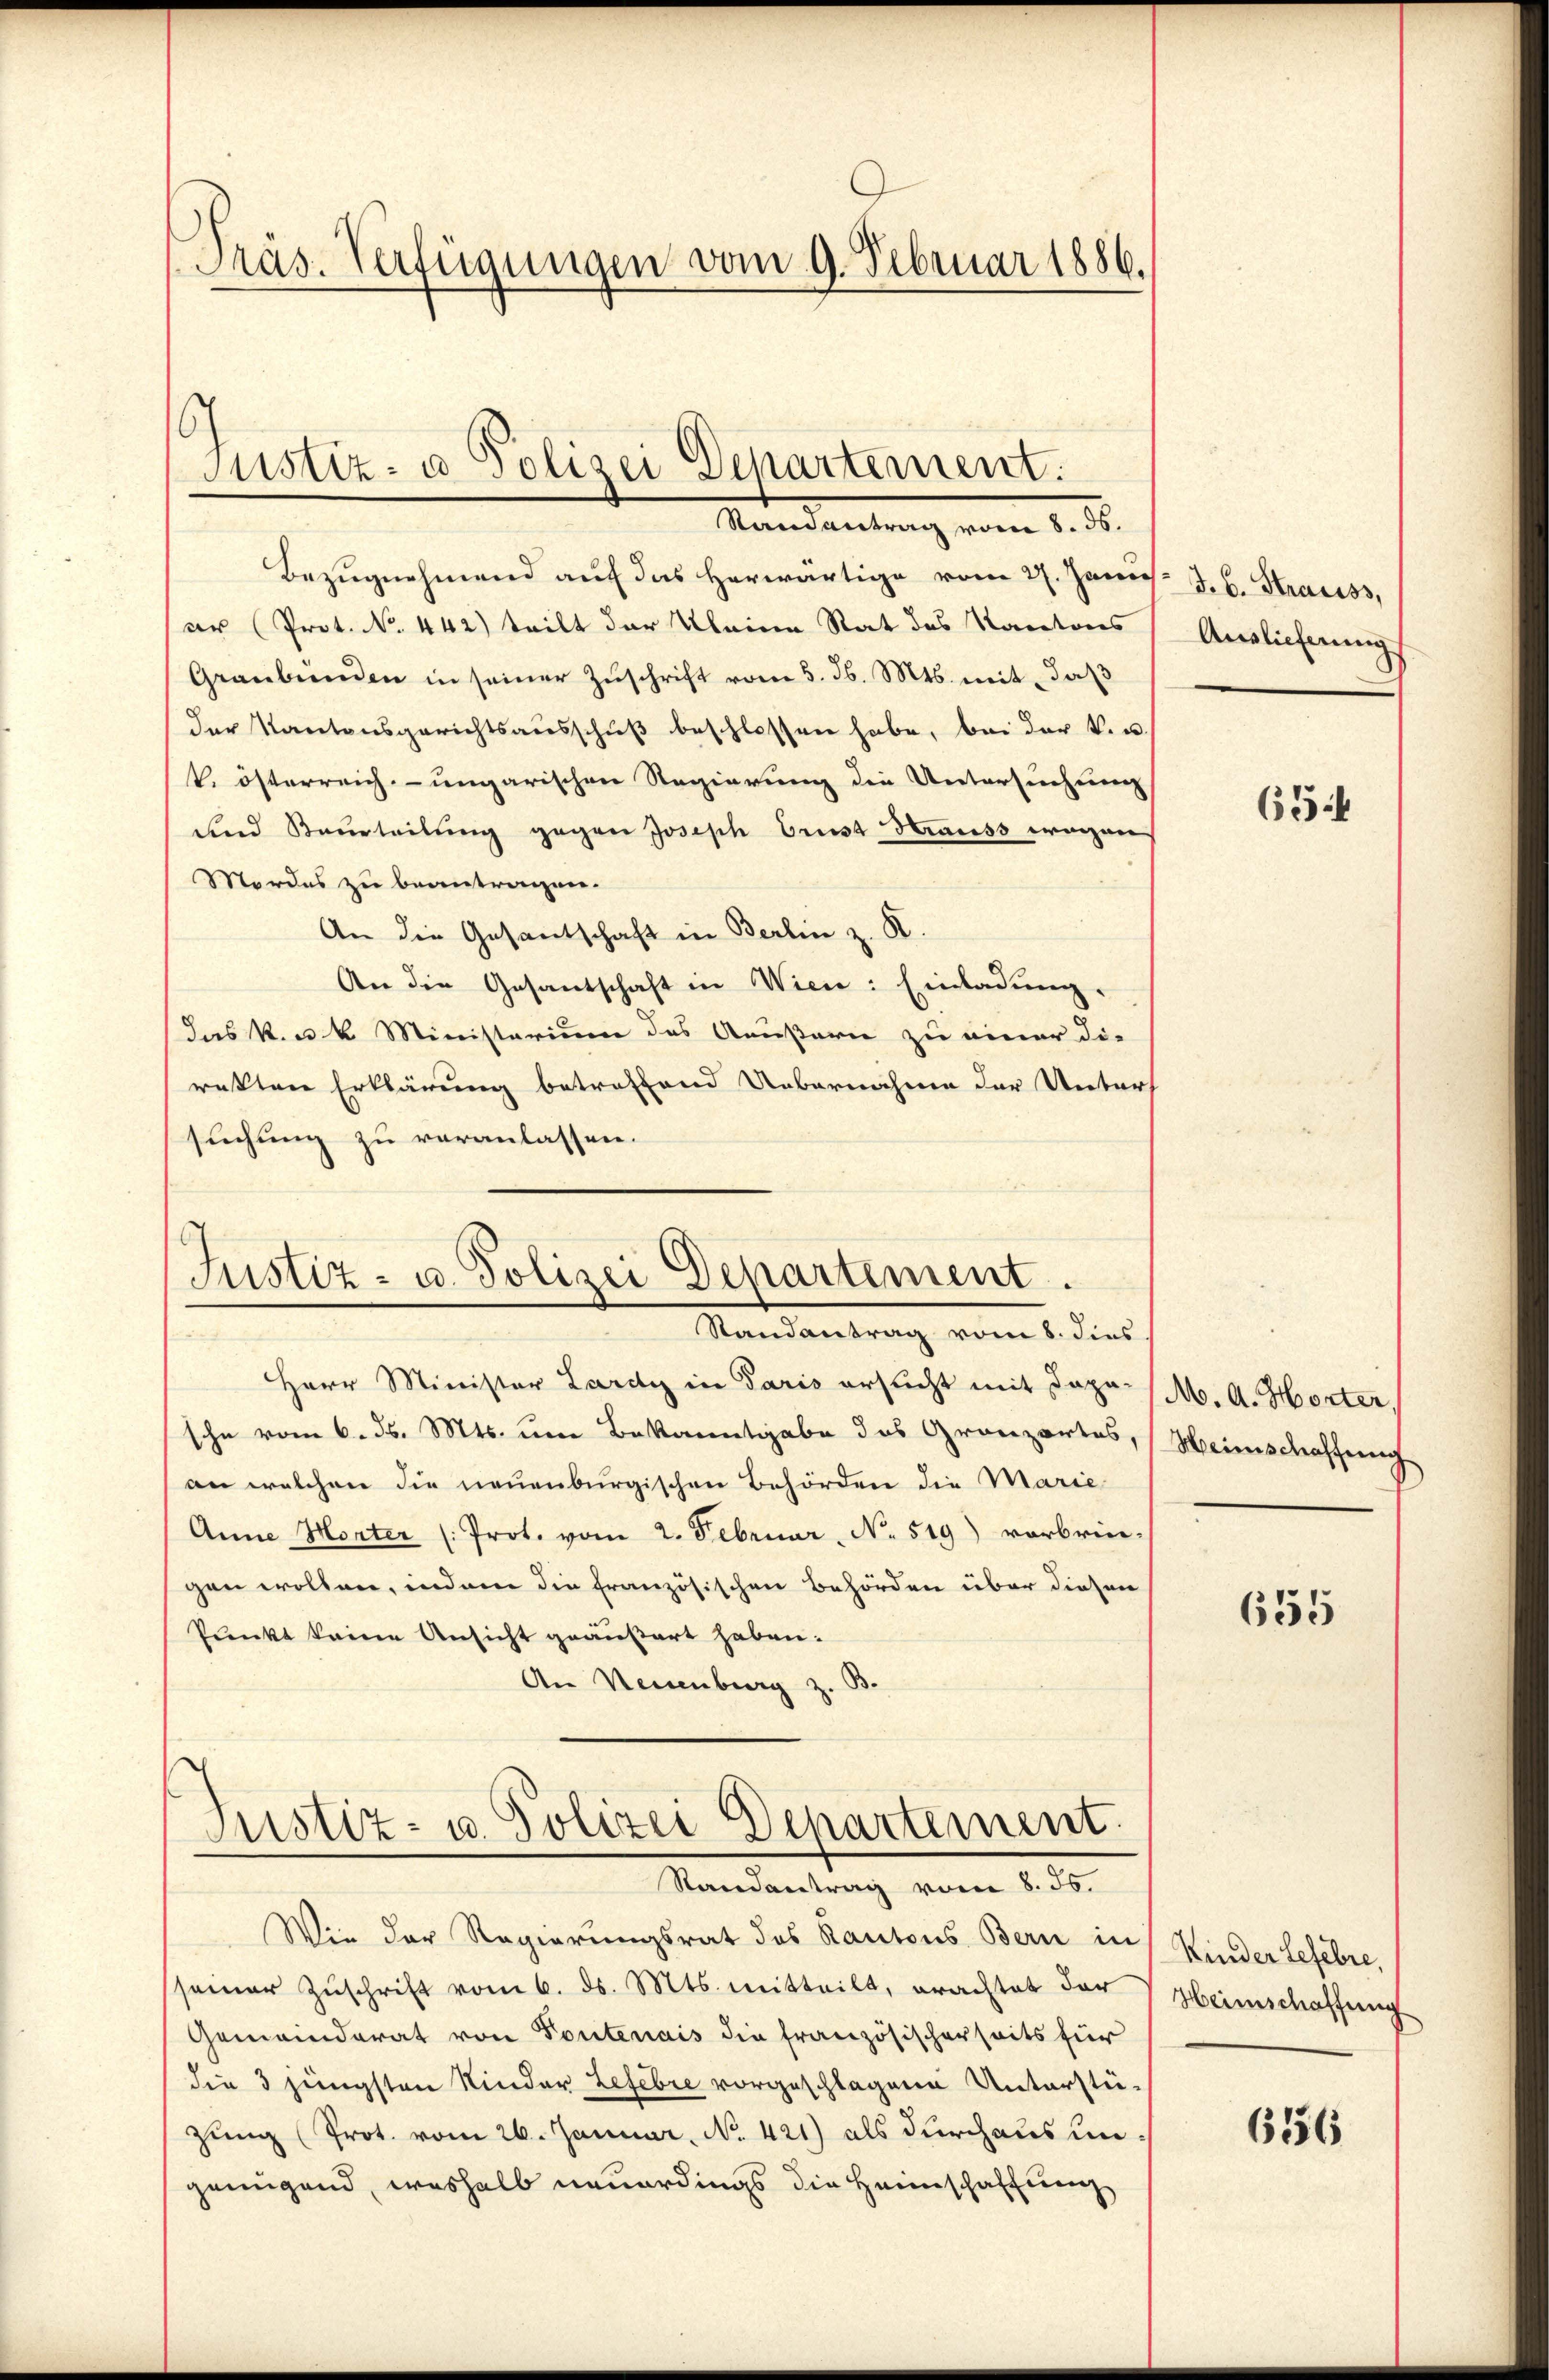
Präs. Verfügungen vom 9. Februar 1886.

Justiz- u. Polizei Departement.
Mandantung vom 1. St.

Bezŭgnehmend auf das herwärtige vom 27. Janus J. C. Strauss
ar (Prot. No. 442) teilt der Kleine Rat des Kantons
Graubünden in seiner Zŭschrift vom 5. d. Mts. mit, daβ
der Kantonsgerichtsaŭsschŭβ beschlossen habe, bei der k. u.
k. österreich- ungarischen Regierung die Untersuchung
und Beurteilŭng gegen Joseph Brust Herauss wegen
Mordes zu beantragen.
An die Gesantschaft in Berlin z. B.
An die Gesantschaft in Wien: Einladung.
das k. k. Ministerium des Aeußern zu einer die
rakten Erklärung betreffend Uebernahme der Unters
suchung zu veranlassen.

Justiz- u. Polizei Departement.

Randantrag vom 8. dies
Herr Minister Lardy in Paris ersucht mit Japa (M. A. Horter
sche vom 6. ds. Mts. um Bekanntgabe des Granzartes,
an welchen die neuenburgischen Behörden die Marie
Anna Horter (: Prot. vom 2. Februar, No. 519) vorbrin-
gen wollen, indem die französischen Behörden über diesen
Punkt keine Ansicht geäußert haben.
An Neuenburg z. B.

Justiz- u. Polizei Departement.
Randantrag vom 8. ds.

Wie der Regierungsrat des Kantons Bern in Kinder Lefebre
samer Zŭschrift vom 6. ds. Mts. mitteilt, brachtet der Heimschaffŭng
Gemeinderat von Toutenais die französischerseits für
die 3 jüngsten Kinder Lefebre vorgeschlagene Unterstüzung (Prot. vom 26. Januar, No. 421) als durchaus un
genügend, weshalb neuerdings die Heimschaffung

Auslieferung

65

Weinschaffung

655

656